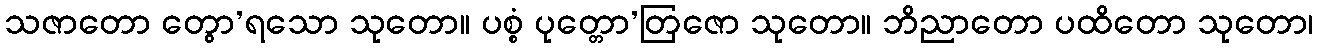
သဇာတော တွော’ရသော သုတော။ ပစ္စံ ပုတ္တော’တြဇော သုတော။ ဘိညာတော ပထိတော သုတော၊